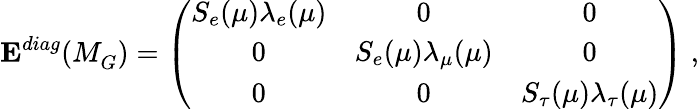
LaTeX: {\mathbf E^{diag}}(M_{G}^{})=\left(\begin{array}{ccc}{{S_{e}(\mu)\lambda_{e}(\mu)}}&{{0}}&{{0}}\\ {{0}}&{{S_{e}(\mu)\lambda_{\mu}(\mu)}}&{{0}}\\ {{0}}&{{0}}&{{S_{\tau}(\mu)\lambda_{\tau}(\mu)}}\end{array}\right)\; ,